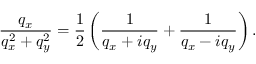
\frac { { { q } _ { x } } } { q _ { x } ^ { 2 } + q _ { y } ^ { 2 } } = \frac { 1 } { 2 } \left( \frac { 1 } { { { q } _ { x } } + i { { q } _ { y } } } + \frac { 1 } { { { q } _ { x } } - i { { q } _ { y } } } \right) .